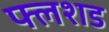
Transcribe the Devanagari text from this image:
फ्लशड